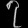
Digit: ၇